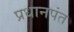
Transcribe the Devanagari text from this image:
प्रधानपंत